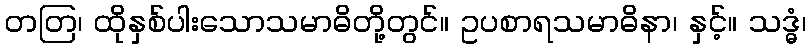
တတြ၊ ထိုနှစ်ပါးသောသမာဓိတို့တွင်။ ဥပစာရသမာဓိနာ၊ နှင့်။ သဒ္ဓံ၊